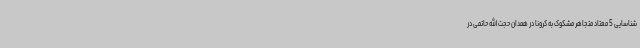
شناسایی 5 معتاد متجاهر مشکوک به کرونا در همدان حجت‌الله حاتمی در